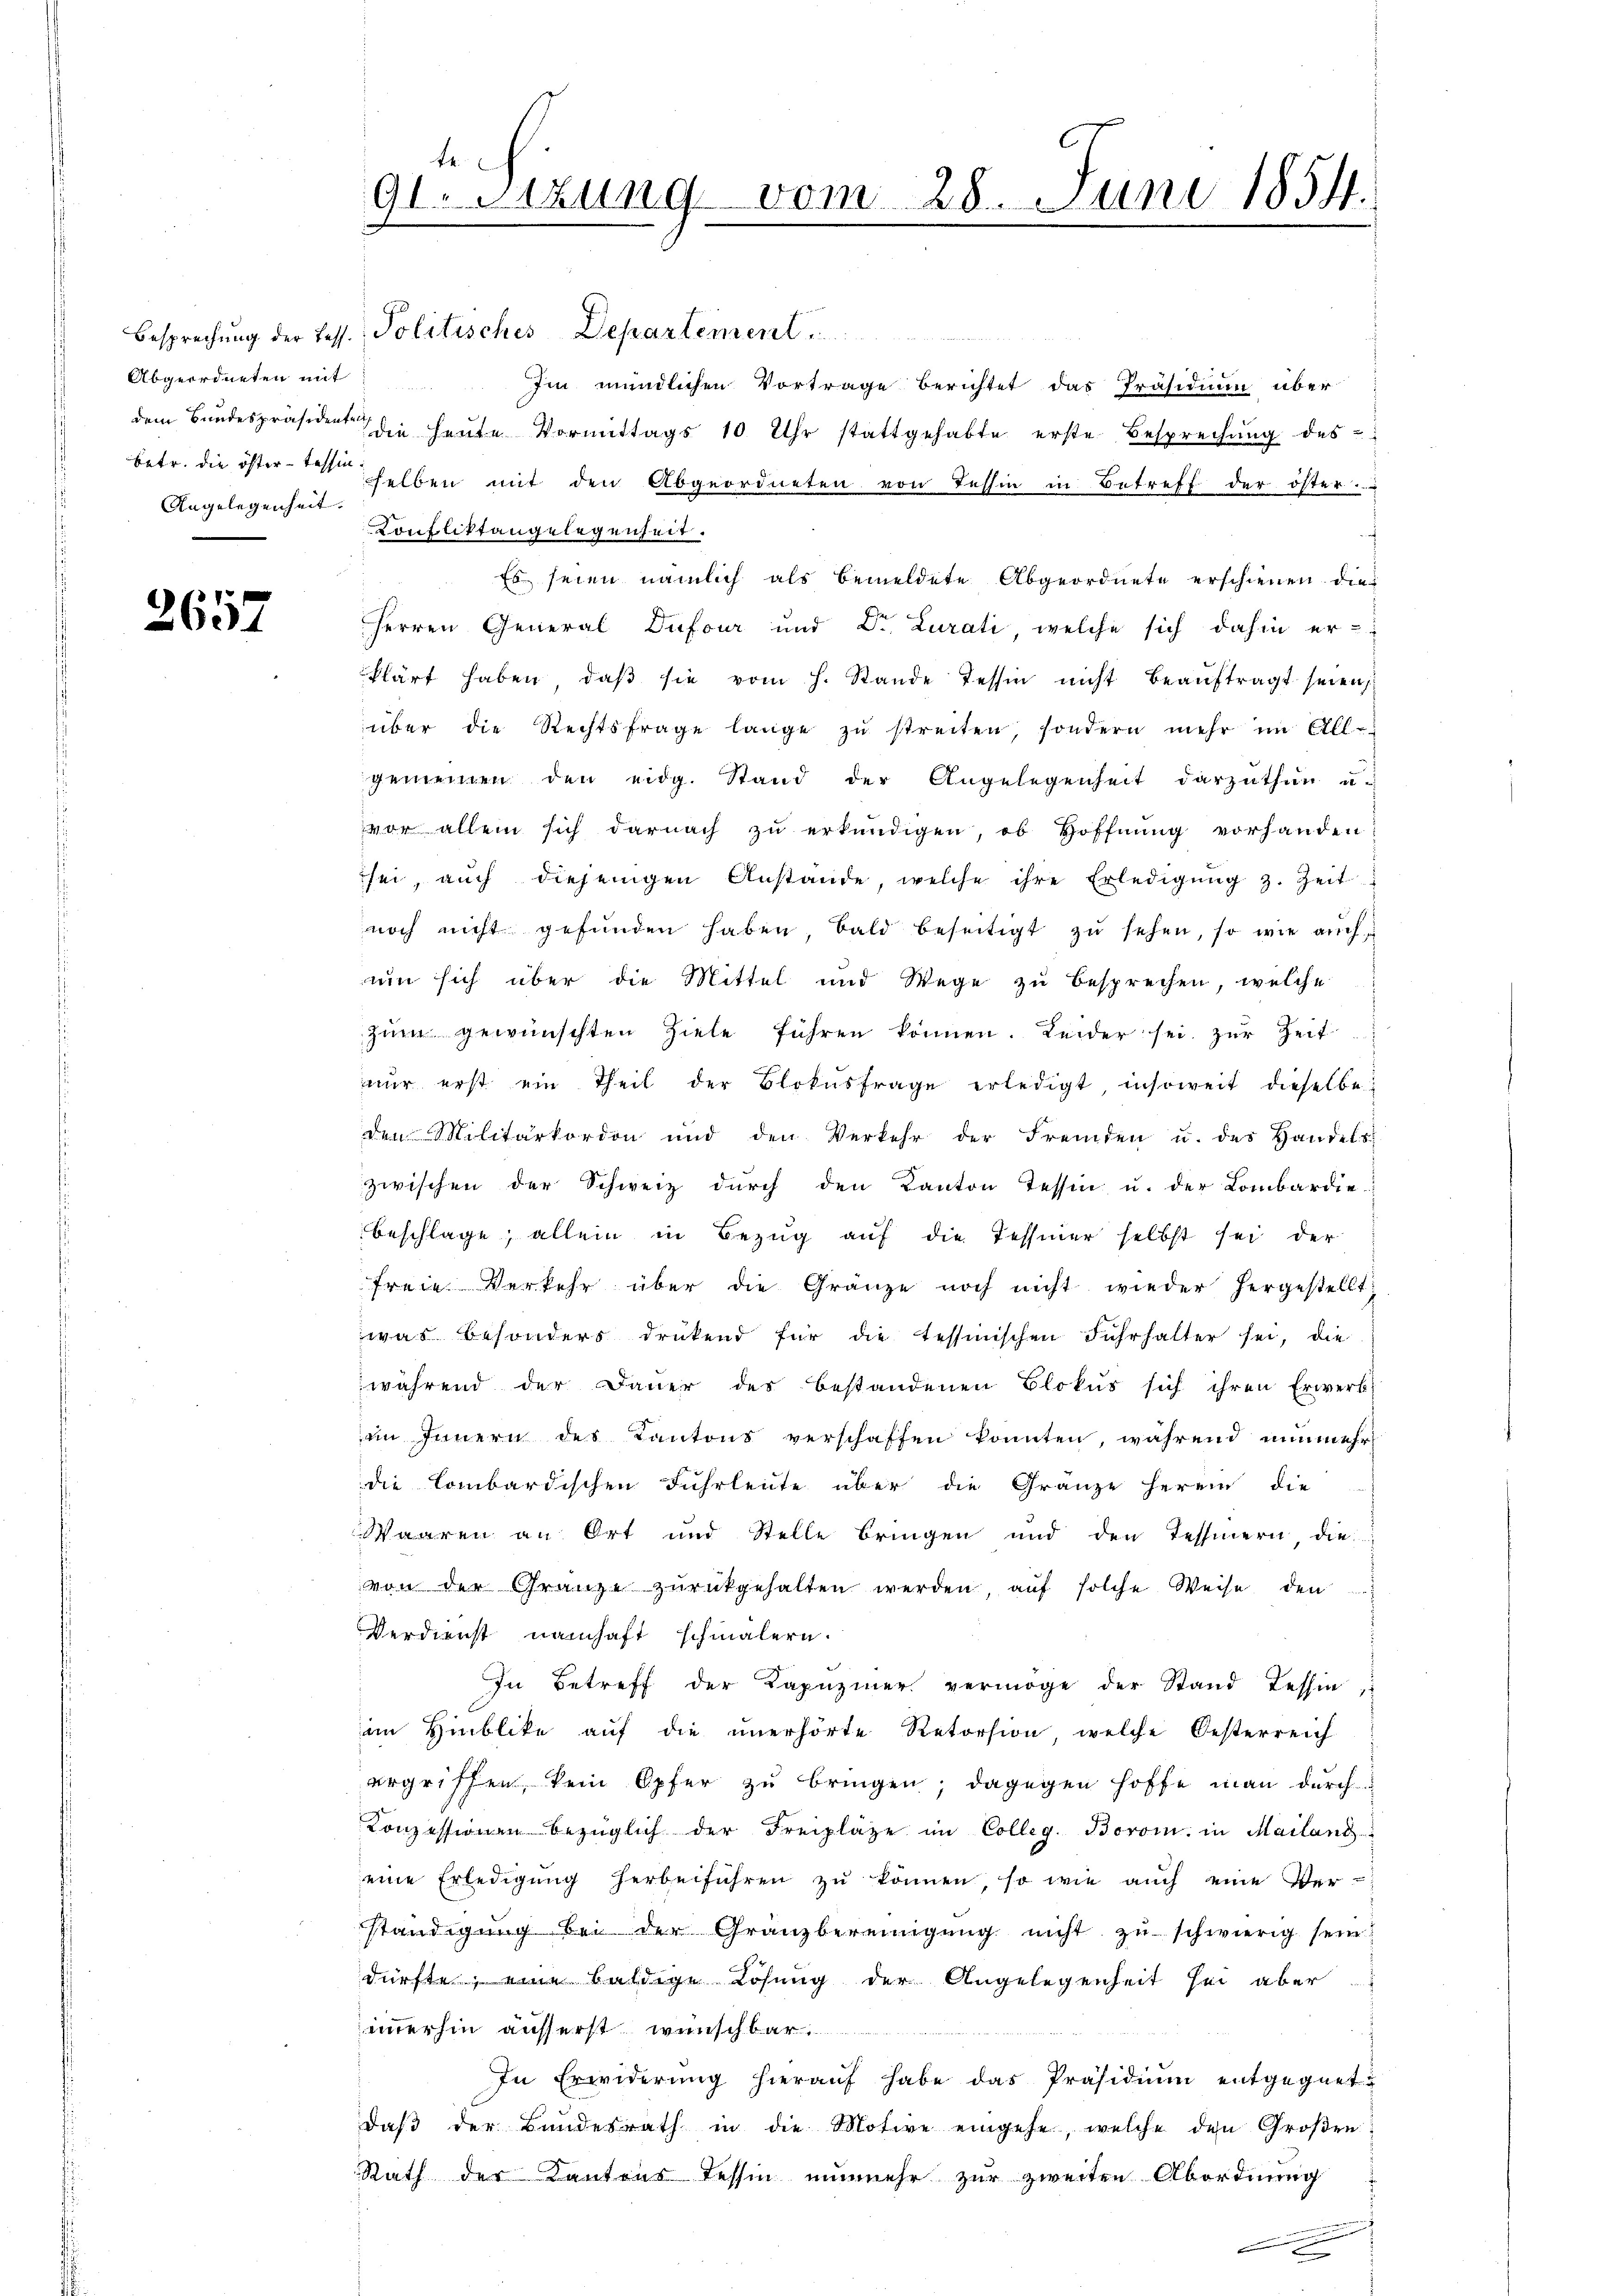
Abgeordneten mit
Angelegenheit.

2657

Besprechung der Tess. Politisches Departement
Im mündlichen Vortrage berichtet das Präsidium über
dem Bundespräsident die heŭte Vormittags 10 Uhr stattgehabte erste Besprechŭng des
betr. die österbessen selben mit den Abgeordneten von Tessin in Betreff der öster.
Konfliktangelegenheit.
Es seien nämlich als bemeldete Abgeordnete erschienen die
Herren General Dufour und Dr. Lurati, welche sich dahin er-
klärt haben, daβ sie vom h. Stande Tessin nicht beaŭftragt seien,
über die Rechtsfrage lange zŭ streiten, sondern mehr im All-
gemeinen den eidg. Stand der Angelegenheit darzuthun u.
vor allein sich darnach zŭ erkundigen, ob Hoffnŭng vorhanden
sei, aŭch diejenigen Anstande, welche ihre Erledigŭng z. Zeit
noch nicht gefŭnden haben, bald beseitigt zŭ sehen, so wie aŭch
um sich über die Mittel und Wege zu besprechen, welche
zum gewünschten Ziele führen können. Leider sei zur Zeit
nŭr erst ein Theil der Blokŭsfrage erledigt, insoweit dieselbe
den Militärkordon und den Verkehr der Fremden u. des Handels-
zwischen der Schweiz dŭrch den Kanton Tessin u. der Lombardie
beschlage, allein in Bezug auf die Tessiner selbst sei der
freie Verkehr über die Gränze noch nicht wieder hergestellt:
was besonders drükend für die tessinischen Fuhrhalter sei, die
während der Dauer des bestandenen Blokus sich ihren Erwerb
im Innern des Kantons verschaffen konnten, während nunmehr
die Combardischen Fuhrleute über die Gränze herein, die
Waaren an Ort und Stelle bringen und den Tessinern, die
von der Gränze zŭrückgehalten werden, aŭf solche Weise den
Verdienst namhaft schmälern.
In Betreff der Kapuziner vermöge der Stand Tessin,
im Hinblike auf die unerhörte Retorsion, welche Oesterreich
ergriffen, kein Opfer zŭ bringen; dagegen hoffe man durch
Konzessionen bezüglich der Freiplaze im Colleg. Borom. in Mailang
eine Erledigŭng herbeiführen zŭ können, so wie auch eine Verständigŭng bei der Granzbereinigŭng nicht zŭ schwierig sein?
dürfte, eine baldige Lösung der Angelegenheit sei aber
immerhin äusserst wünschbar
In Erwiderung hierauf habe das Präsidium entgegnet
daβ der Bundesrath in die Motive eingehe, welche den Großen
Rath der Kantons Tessin nunmehr zur zweiten Abordnung

te.
91. Sitzung vom 28. Juni 1854.